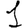
Digit: 1